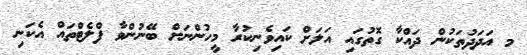
މ އަދަދުތަކުން ދައްކާ ގޮތުގައި އަލަށް ކައިވެނިކުރާ މީހުންނަށް ބޭނުންވާ ފްލެޓްތައް އެކަނި